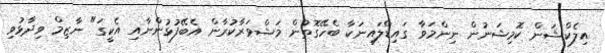
އިލެކްޝަން ކޮމިޝަނުން ނިންމަވާ ގައިޑްލައިނަކާ ބެހޭގޮތުން މަޝްވަރާކުރާން އެބޭފުޅުންނާއި އެކީގަ" ނާޒިމް ވިދާޅުވި